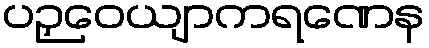
ပဉှဝေယျာကရဏေန